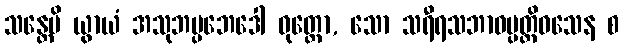
သန္တေပိ ယွာယံ အသုဘပ္ပဘေဒေါ ဝုတ္တော, သော သရီရသဘာဝပ္ပတ္တိဝသေန စ